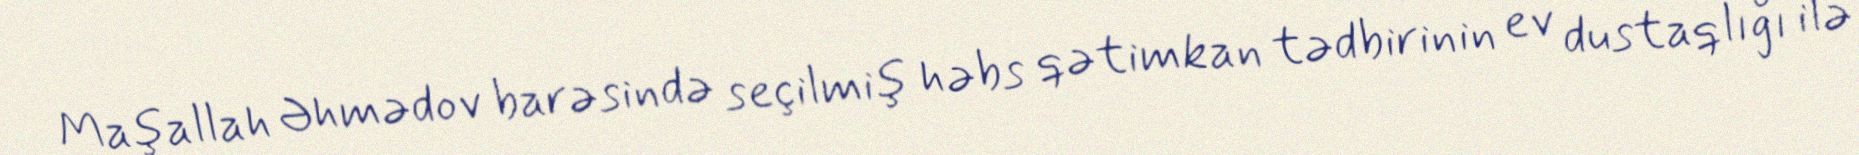
Maşallah Əhmədov barəsində seçilmiş həbs qətimkan tədbirinin ev dustaqlığı ilə